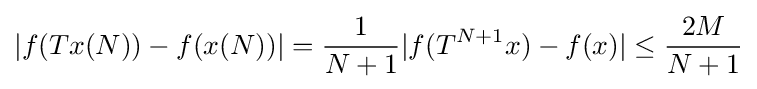
|f(Tx(N))-f(x(N))|={1 \over N+1}|f(T^{N+1}x)-f(x)|\leq {2M \over N+1}